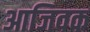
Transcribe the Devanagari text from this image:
आजिवक